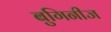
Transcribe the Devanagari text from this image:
बुगिनीज